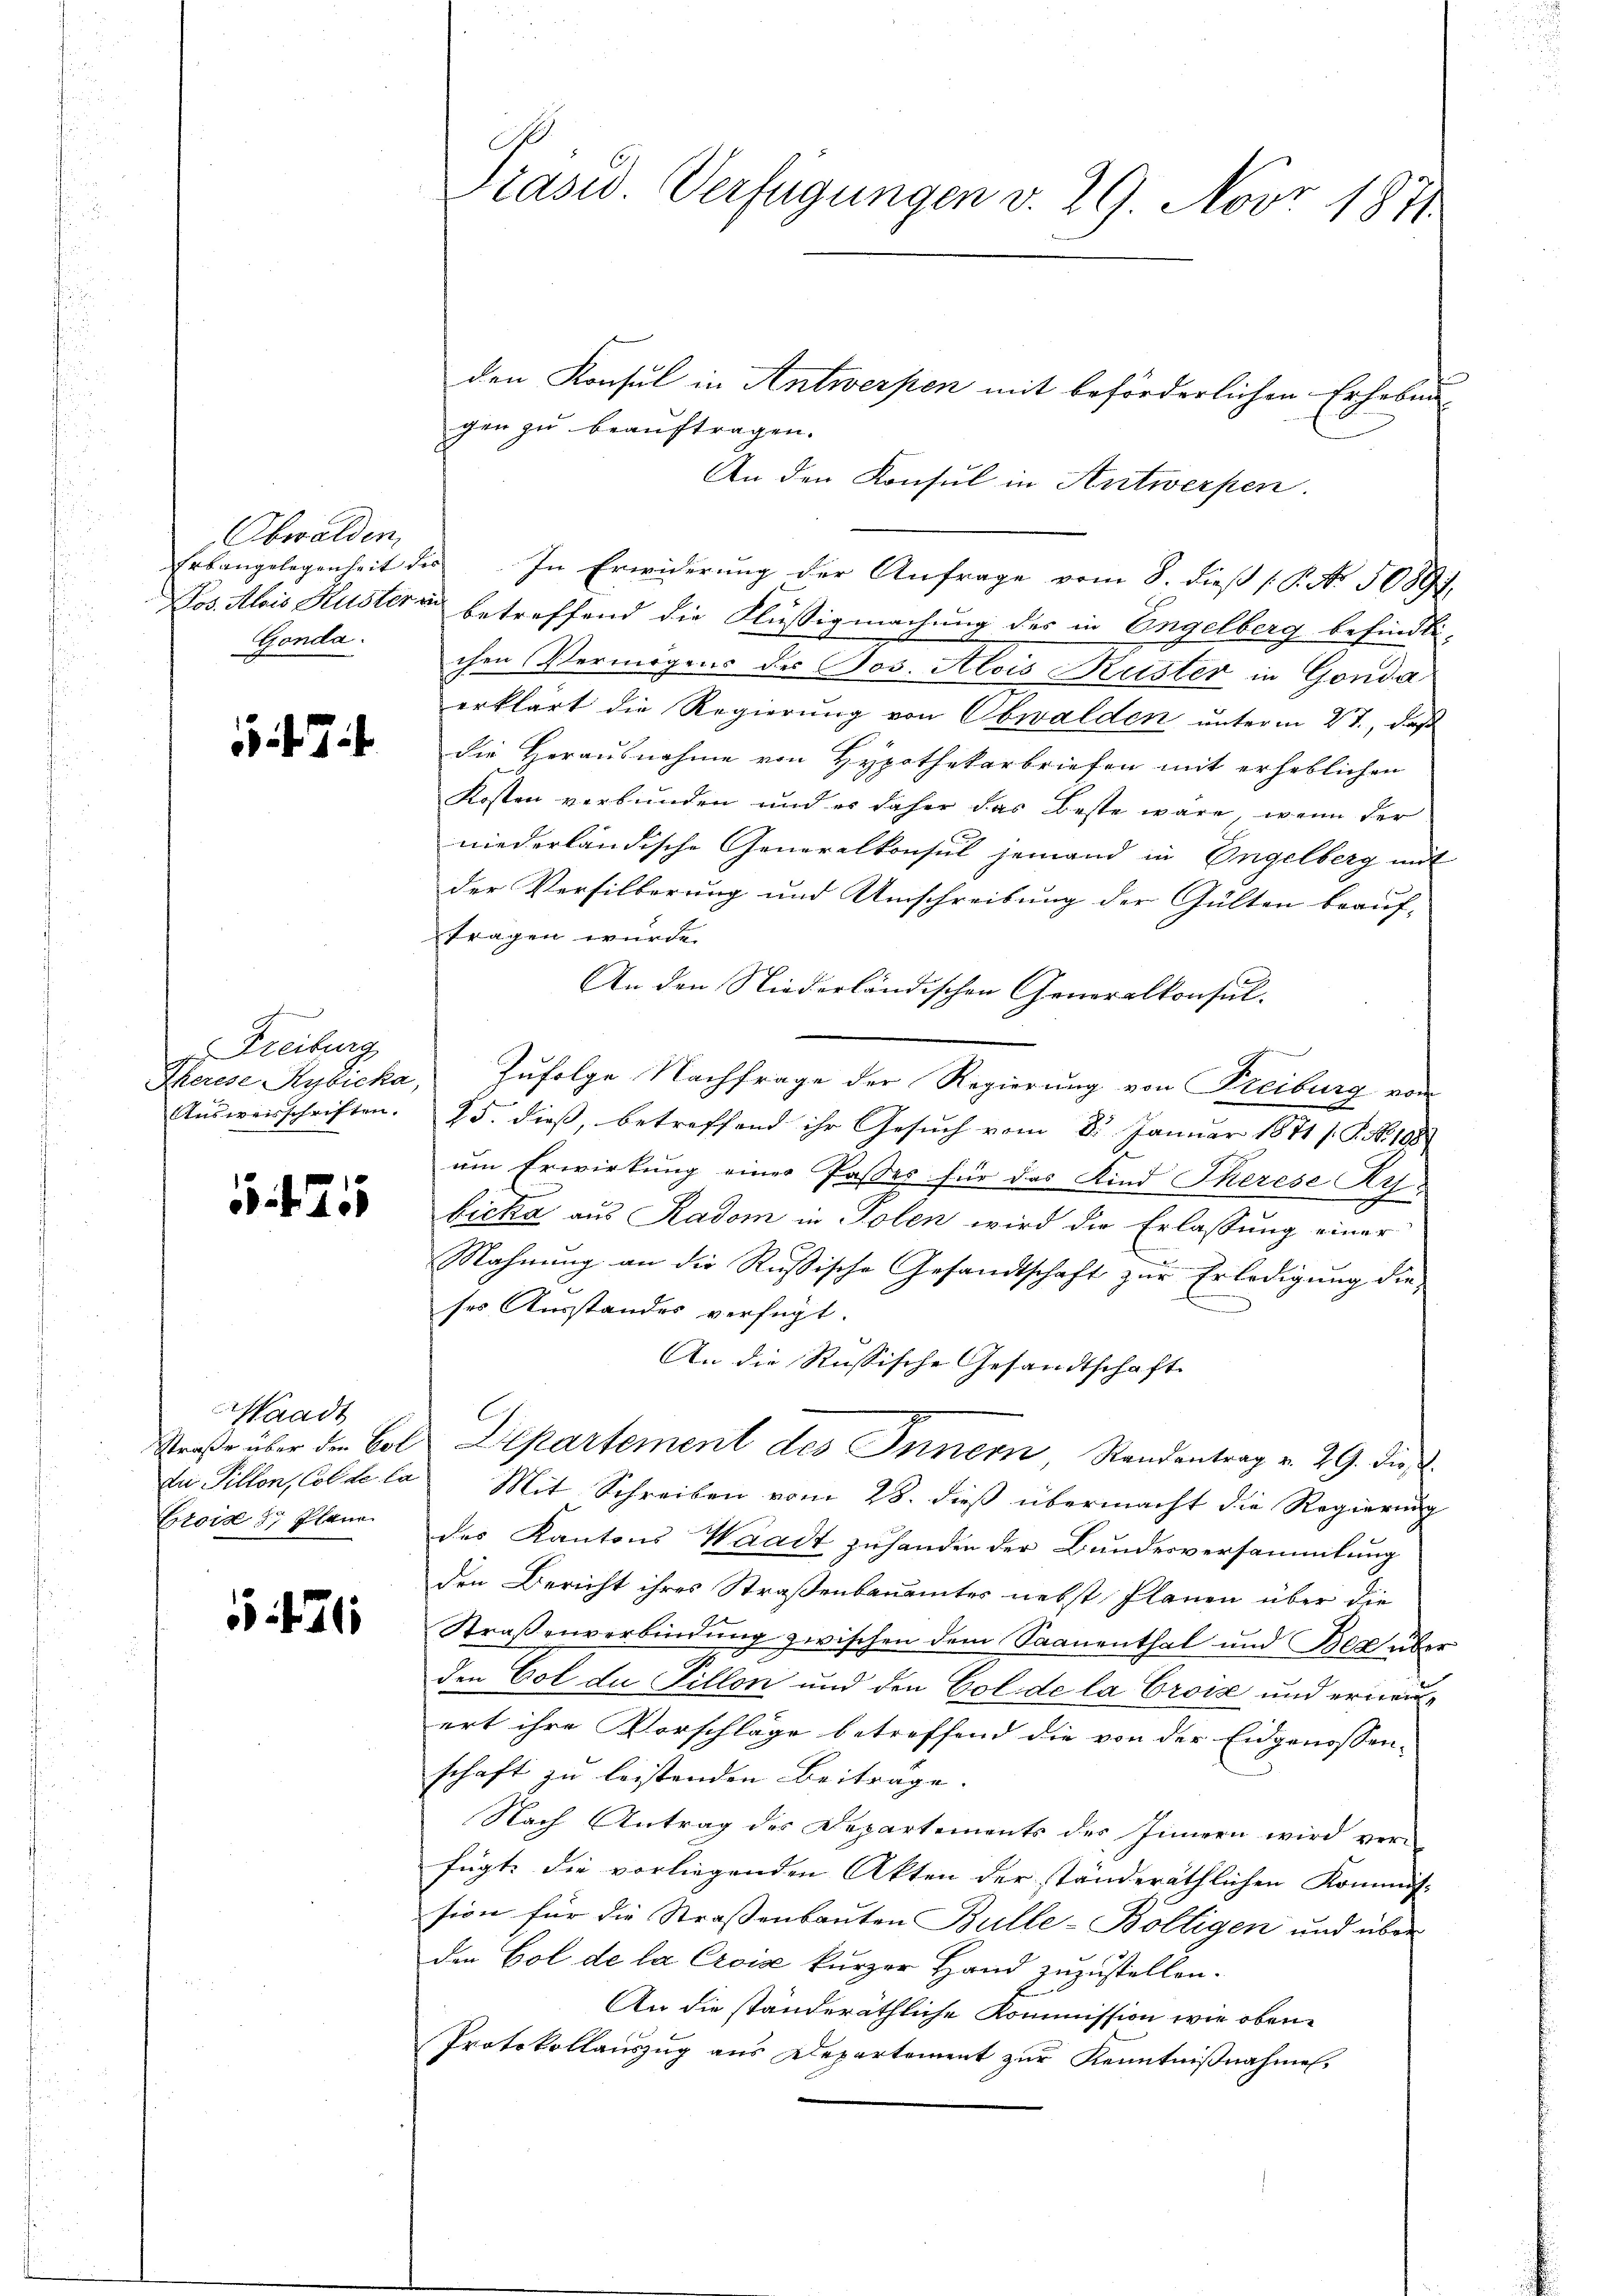
Obwalden,
Gonda.

7

Freiburg
Eherese Rybicka,
Ausweisschriften.

25

Waadt
Straße über den Col
du Tillon, Col de la

5. 426

Präsid. Verfügungen v. 29. Nov. 1871

den Konsul in Antwerpen mit beförderlichen Erheben-
gen zu beauftragen.
An den Konsul in Antwerfen.
Erbangelegenheit des In Erwiderung der Anfrage vom 8. dieß (P. Nr. 5089),
Jos. Alois Kustern betreffend die Flüssigmachung des in Engelberg befindlichen Vermögens des Jos. Alois Küster in Gonda
erklärt die Regierung von Obwalden unterm 2t., daß
die Herausnahme von Hypothekarbriefen mit erheblichen
Kosten verbunden und es daher das Beste wäre, wenn der
niederländische Generalkonsul jemand in Engelberg mit
der Versilberung und Umschreibung der Gülten beauf-
tragen wurde.
An den Niederländischen Generalkonsul-
Zufolge Nachfrage der Regierung von Freiburg vom
25. dieß, betreffend ihr Gesuch vom 8. Januar 1871 s. S. No. 188
um Erwirkung einer Passes für das Kind Therese Ri
bicka aus Radom in Polen wird die Erlassung einer
Mahnung an die Russische Gesandtschaft zur Erledigung die-
ses Ausstandes verfügt:
An die Russische Gesandtschaft
Departement des Innern Standeantrag v. 29. die
Mit Schreiben vom 28. dieß übermacht die Regierung
Erois 87 Plane des Kantons Waadt zuhanden der Bundesversammlung
den Bericht ihres Straßenbauunter nebst Plänen über die
Straßenverbindung zwischen dem Saanenthal und Beg über
den Eol du Tillon und den Col de la Croix und erneuert ihre Vorschläge betreffend die von der Eidgenossen- |
schaft zu leistenden Beiträge |
Nach Antrag des Departements des Innern wird ver-
fügt, die vorliegenden Akten der ständeräthlichen Kommiss
sion für die Strassenbauten Bulle-Boltigen und über
den Col de la Croise kurzer Hand zuzustellen.
An die ständeräthliche Kommission wie oben¬
Protokollauszug aus Departement zur Kenntnißnahmen.